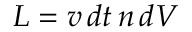
L = v \, d t \, n \, d V